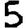
Digit: 5